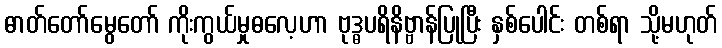
ဓာတ်တော်မွေတော် ကိုးကွယ်မှုဓလေ့ဟာ ဗုဒ္ဓပရိနိဗ္ဗာန်ပြုပြီး နှစ်ပေါင်း တစ်ရာ သို့မဟုတ်